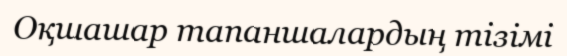
Оқшашар тапаншалардың тізімі